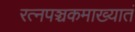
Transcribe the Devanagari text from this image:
रत्‍नपञ्चकमाख्यातं